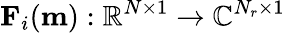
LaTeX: \mathbf{F}_{i}(\mathbf{m}):{\mathbb{R}}^{N\times 1}\to{\mathbb{C}}^{N_{r}\times 1}